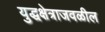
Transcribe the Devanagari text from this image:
युद्धक्षेत्राजवळील